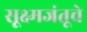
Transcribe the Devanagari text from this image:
सूक्ष्मजंतूचे